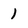
Character: 1